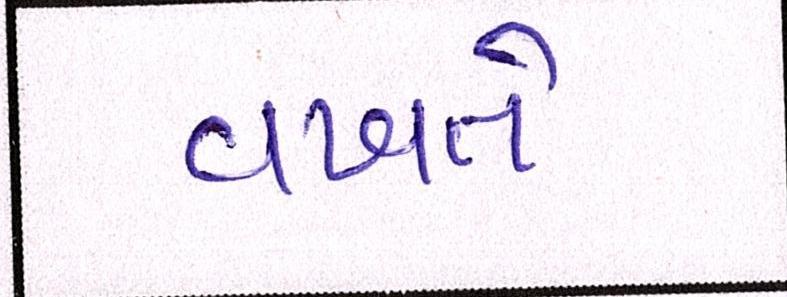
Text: વખતે